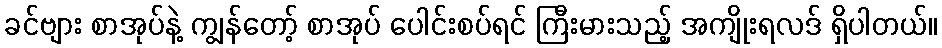
ခင်ဗျား စာအုပ်နဲ့ ကျွန်တော့် စာအုပ် ပေါင်းစပ်ရင် ကြီးမားသည့် အကျိုးရလဒ် ရှိပါတယ်။